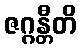
ဇဂ္ဂန္တီတိ